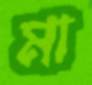
মা